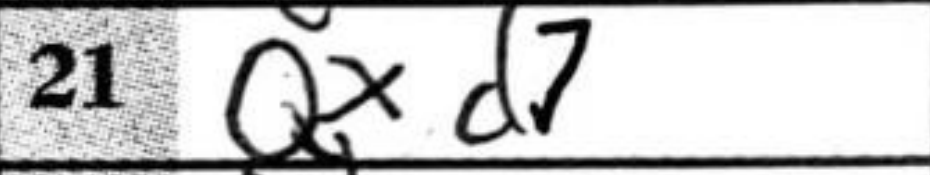
Transcription: Qxd7